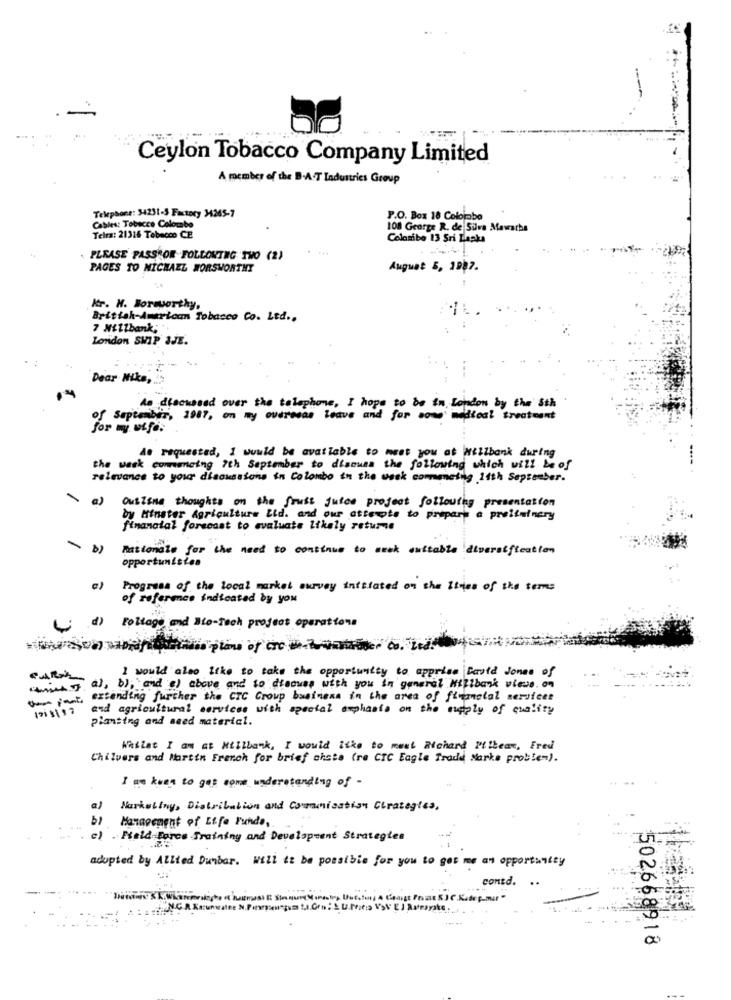
Ceylon Tobacco Company Limited
A member of the B.A.T Ladustries Group
Telephone: 34231-5 Factory 3265-7
P.O. Box 18 Colojabo
Cables: Tobacco Colombo
108 George R. de Silva Mawarha
Telra: 21316 Tobacco CE
Colombo 13 Sri Lanka
PLEASE PASSROR FOLLOWING TWO (2)
PAGES TO MICHAEL HORSWORTHY
August 5, 1987.
kr. H. Borworthy,
British-American Tobacco Co. Ltd .,
7 Millbank,
London SWIP IJE.
Dear Miks ,..
of September,
As discussed over the telephone, I hope to be in London by the 8th
ors, 1987, on my overseas leave and for sow medical treatment
for my wife.
As requested, I would be available to meet you at Millbank during
the wask commeing 7th September to discuss the following which will be of
relevance to your discussions in Colombo in the week commencing 14th September.
a)
Oustine thoughts on the fruit juice project following presentation
by Minster Agriculture Lid. and our attente to prepare a preliminary
finanatal forecast to evaluate likely rature
-
Rationale for the need to continue to week suitable diversification
opportunities
Progress of the local market survey initiated on the lines of the terms
of reference indicated by you
d) Polloge and Bio-Tech project operations
plans of rer co. Le
I would also like to take the opportunity to apprice David Jones of
mes 7 a), b), and a) above and to discuss with you in general Hillbank views on
ofant, extending further the CIC Group business in the area of financial services
1915\' and agricultural services with special emphasis on the apply of quality
Planting and seed material.
Waslat I am at Ntilbank, I would like to maat Richard Mibears, Fred
Chilvers and Martin French for brief ahsta (re CIC Eagle Trade Marks problem).
I ws keen to get some understanding of -
a)
Marketing, Distribution and Communication Chrategies,
Management of Life Funde,
c)Field Force Training and Development Strategies
adopted by Allied Dumbar. Will it be possible for you to get me an opportunity
contd.
502668918